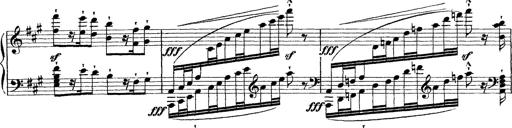
Title: Grande fantasie di bravura sur La clochette
Composer: Franz Liszt
Key: A minor